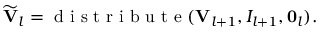
\widetilde { \bf V } _ { l } = \mathrm { ~ d ~ i ~ s ~ t ~ r ~ i ~ b ~ u ~ t ~ e ~ } ( { \bf V } _ { l + 1 } , { \cal I } _ { l + 1 } , { \bf 0 } _ { l } ) .